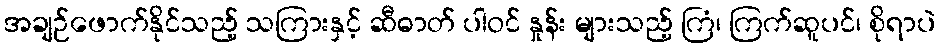
အချဉ်ဖောက်နိုင်သည့် သကြားနှင့် ဆီဓာတ် ပါဝင် နှုန်း များသည့် ကြံ၊ ကြက်ဆူပင်၊ စိုရာပဲ